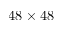
4 8 \times 4 8